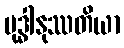
ဗုဒ္ဓါနုဿတိယာ